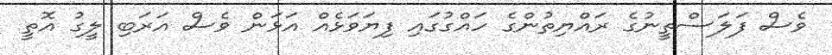
ވެސް ފަލަސްތީނުގެ ރައްޔިތުންގެ ހައްގުގައި ފިޔަވަޅެއް އަޅަން ވެސް އަރަބި ލީގު އޮތީ